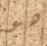
هو